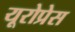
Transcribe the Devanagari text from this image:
यूरोप्रेस